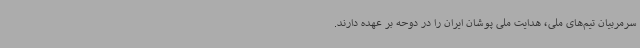
سرمربیان تیم‌های ملی، هدایت ملی پوشان ایران را در دوحه بر عهده دارند.